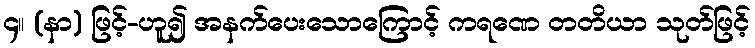
၄။ (နာ) ဖြင့်-ဟူ၍ အနက်ပေးသောကြောင့် ကရဏေ တတိယာ သုတ်ဖြင့်